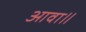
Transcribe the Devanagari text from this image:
आवा॥